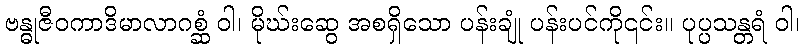
ဗန္ဓုဇီဝကာဒိမာလာဂစ္ဆံ ဝါ၊ မိုဃ်းဆွေ အစရှိသော ပန်းချုံ ပန်းပင်ကို၎င်း။ ပုပ္ပသန္တရံ ဝါ၊